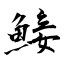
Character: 鯜